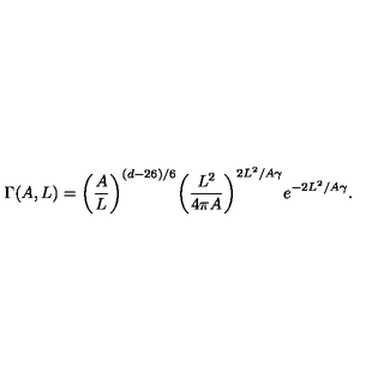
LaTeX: \Gamma ( A , L ) = { { \left( { \frac { A } { L } } \right) } ^ { ( d - 2 6 ) / 6 } } { { \left( { \frac { L ^ { 2 } } { 4 \pi { A } } } \right) } ^ { 2 { L ^ { 2 } } / A \gamma } } { e ^ { - 2 { L ^ { 2 } } / A \gamma } } .